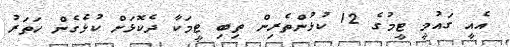
އެއީ ގައުމީ ޓީމުގެ 12 ކުޅުންތެރިން ތިބި ޓީމަކާ ދެކޮޅަށް ކުޅެގެން ހަތަރު